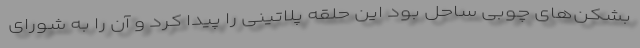
بشکن‌های چوبی ساحل بود این حلقه پلاتینی را پیدا کرد و آن را به شورای